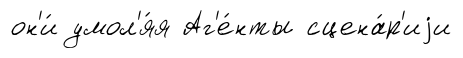
он'и́ умол'я́я Аг'е́нты сцена́р'иjи